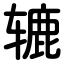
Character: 辘